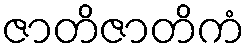
ဇာတိဇာတိကံ